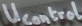
Text: UControl